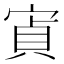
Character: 寊